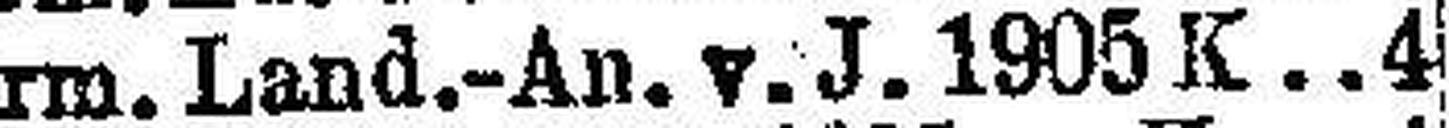
Steirm. Land.-An. v. J. 1905 K. 4